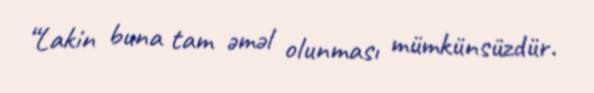
“Lakin buna tam əməl olunması mümkünsüzdür.